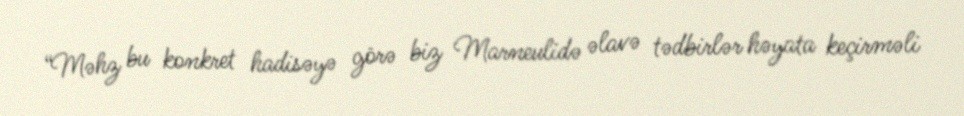
“Məhz bu konkret hadisəyə görə biz Marneulidə əlavə tədbirlər həyata keçirməli